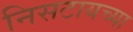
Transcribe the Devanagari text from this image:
निसटायच्या